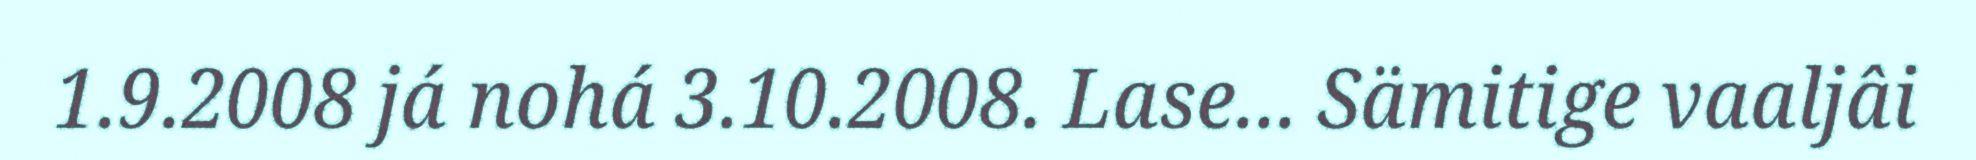
1.9.2008 já nohá 3.10.2008. Lase... Sämitige vaaljâi